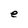
Character: e